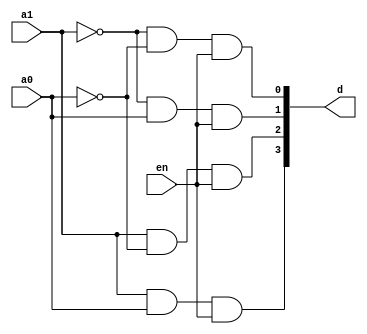
// Created by Jeevaka Dassanayake on 4/28/18.
//   Copyright (c) 2018 Jeevaka Dassanayake.

`timescale 1ns / 1ps

module Decode2( input en, input a1, input a0, output [3:0] d );

	assign d[0] = ~a1 & ~a0 & en;
	assign d[1] = ~a1 & a0 & en;
	assign d[2] = a1 & ~a0 & en;
	assign d[3] = a1 & a0 & en;

endmodule